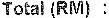
TOTAL (RM) :